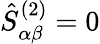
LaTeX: \hat{S}_{\alpha\beta}^{(2)}=0